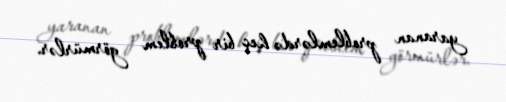
yaranan problemlərdə heç bir problem görmürlər.